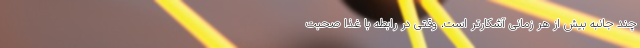
چند جانبه بیش از هر زمانی آشکارتر است. وقتی در رابطه با غذا صحبت